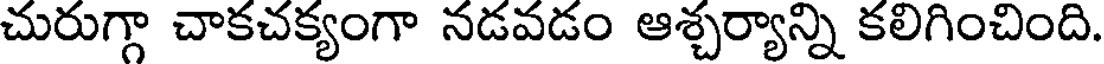
చురుగ్గా చాకచక్యంగా నడవడం ఆశ్చర్యాన్ని కలిగించింది.